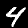
Digit: 4